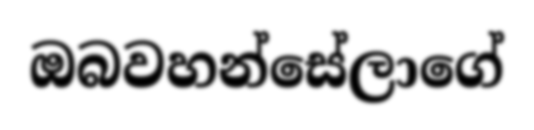
ඔබවහන්සේලාගේ